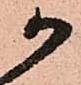
か